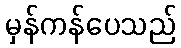
မှန်ကန်ပေသည်